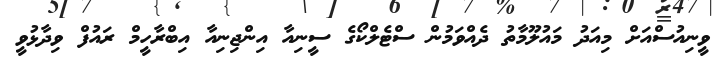
ވީނިއުސްއަށް މިއަދު މައުލޫމާތު ދެއްވަމުން ސްޓެލްކޯގެ ސީނިއާ އިންޖިނިއާ އިބްރާހީމް ރައުފް ވިދާޅުވީ